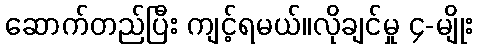
ဆောက်တည်ပြီး ကျင့်ရမယ်။လိုချင်မှု ၄-မျိုး